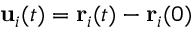
{ \bf u } _ { i } ( t ) = { \bf r } _ { i } ( t ) - { \bf r } _ { i } ( 0 )